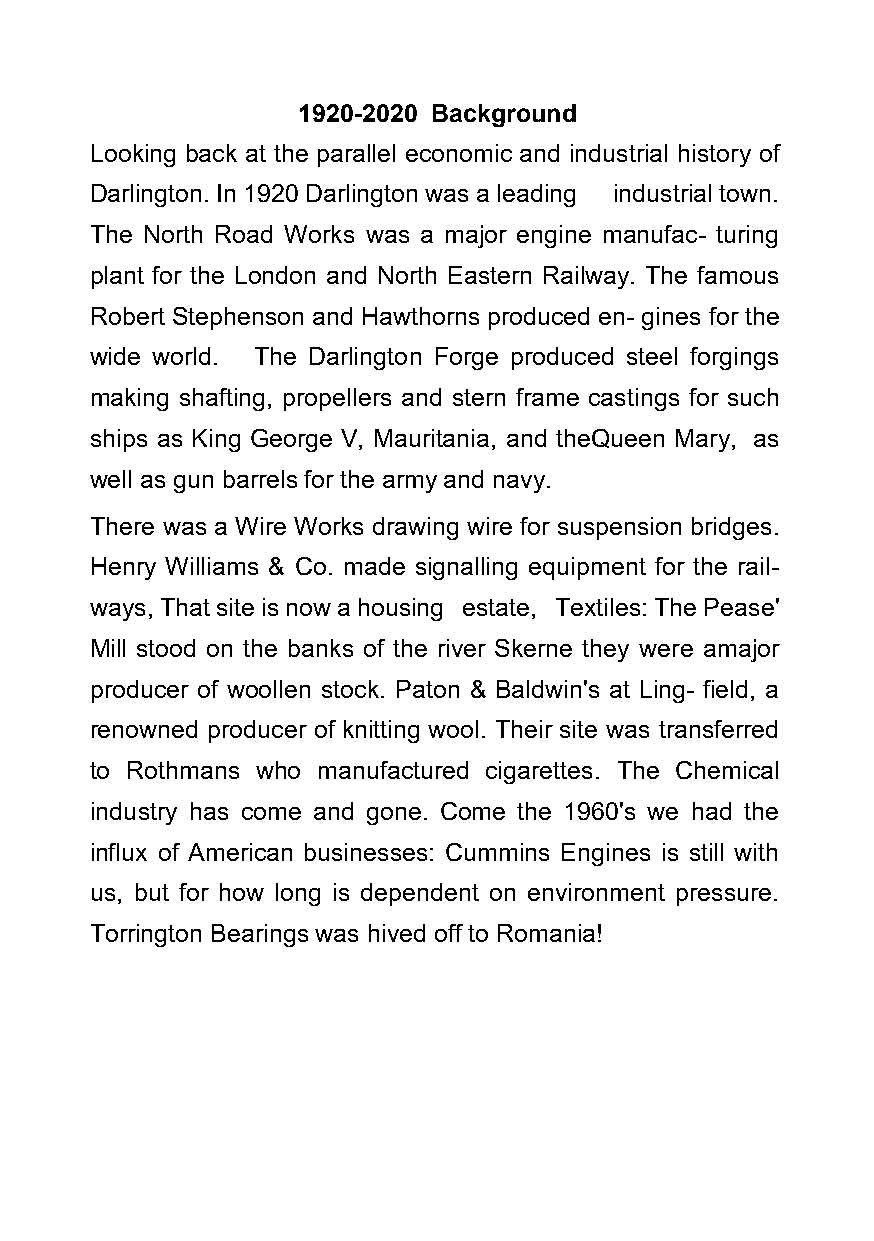
1920-2020 Background
 Looking back at the parallel economic and industrial history of
 Darlington. In 1920 Darlington was a leading industrial town.
 The North Road Works was a major engine manufac- turing
 plant for the London and North Eastern Railway. The famous
 Robert Stephenson and Hawthorns produced en- gines for the
 wide world. The Darlington Forge produced steel forgings
 making shafting, propellers and stern frame castings for such
 ships as King George V, Mauritania, and the Queen Mary, as
 well as gun barrels for the army and navy.
 There was a Wire Works drawing wire for suspension bridges.
 Henry Williams & Co. made signalling equipment for the rail-
 ways, That site is now a housing estate, Textiles: The Pease'
 Mill stood on the banks of the river Skerne they were a major
 producer of woollen stock. Paton & Baldwin's at Ling- field, a
 renowned producer of knitting wool. Their site was transferred
 to Rothmans who manufactured cigarettes. The Chemical
 industry has come and gone. Come the 1960's we had the
 influx of American businesses: Cummins Engines is still with
 us, but for how long is dependent on environment pressure.
 Torrington Bearings was hived off to Romania!